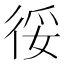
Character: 𢓰